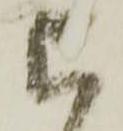
上